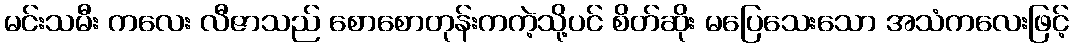
မင်းသမီး ကလေး လီဇာသည် စောစောတုန်းကကဲ့သို့ပင် စိတ်ဆိုး မပြေသေးသော အသံကလေးဖြင့်